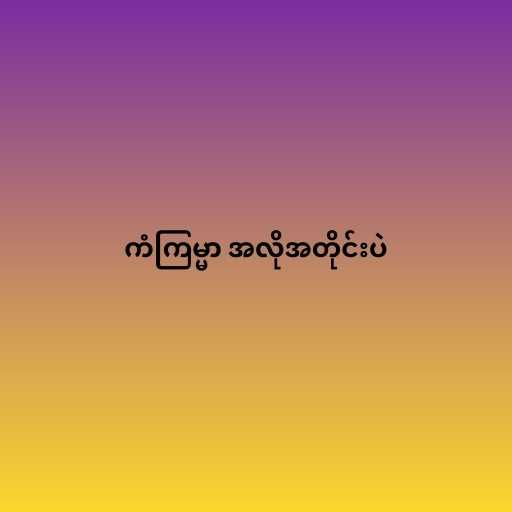
ကံကြမ္မာ အလိုအတိုင်းပဲ